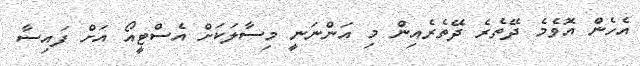
އެހެން އޮވެމެ ދޭތެރެ ދޭތެރެއިން މި އަންނަނީ މިސާލަކަށް އެސްޓީއޯ އަށް ފައިސާ